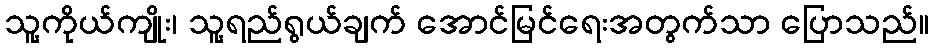
သူ့ကိုယ်ကျိုး၊ သူ့ရည်ရွယ်ချက် အောင်မြင်ရေးအတွက်သာ ပြောသည်။